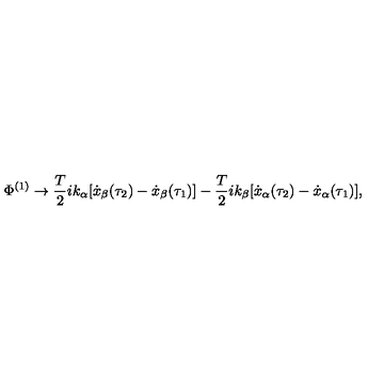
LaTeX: \Phi ^ { ( 1 ) } \rightarrow { \frac { T } { 2 } } i k _ { \alpha } [ \dot { x } _ { \beta } ( \tau _ { 2 } ) - \dot { x } _ { \beta } ( \tau _ { 1 } ) ] - { \frac { T } { 2 } } i k _ { \beta } [ \dot { x } _ { \alpha } ( \tau _ { 2 } ) - \dot { x } _ { \alpha } ( \tau _ { 1 } ) ] ,